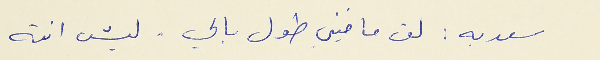
سعديه : لق ما فيني طول بالي . ليش انته